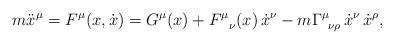
LaTeX: \begin{align*}m \ddot x^\mu = F^\mu(x,\dot x) = G^\mu(x) +F^\mu_{\;\;\;\nu}(x) \, \dot x^\nu -m \Gamma^\mu_{\;\:\nu \rho} \,\dot x^\nu \, \dot x^\rho ,\end{align*}